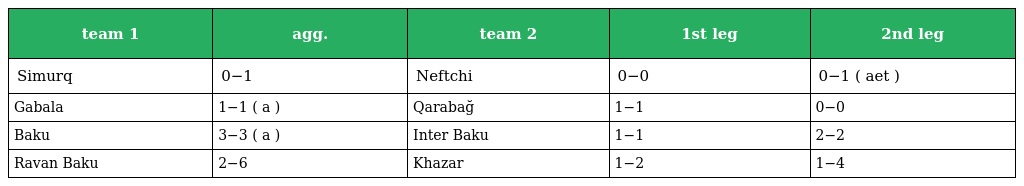
| team 1 | agg. | team 2 | 1st leg | 2nd leg |
 | --- | --- | --- | --- | --- |
 | Simurq | 0−1 | Neftchi | 0−0 | 0−1 ( aet ) |
 | Gabala | 1−1 ( a ) | Qarabağ | 1−1 | 0−0 |
 | Baku | 3−3 ( a ) | Inter Baku | 1−1 | 2−2 |
 | Ravan Baku | 2−6 | Khazar | 1−2 | 1−4 |